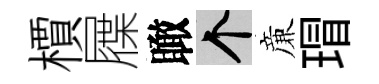
檟屧瞰个亷瑁